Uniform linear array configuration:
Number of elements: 16
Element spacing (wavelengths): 0.25
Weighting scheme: exponential
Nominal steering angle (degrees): -45
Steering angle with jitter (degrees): -43.085
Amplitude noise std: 0.05
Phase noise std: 0.05

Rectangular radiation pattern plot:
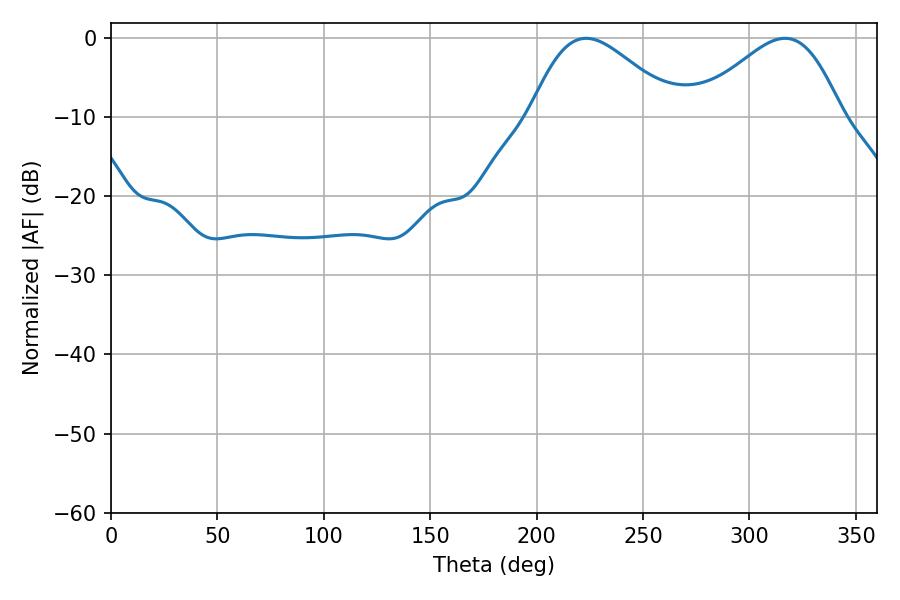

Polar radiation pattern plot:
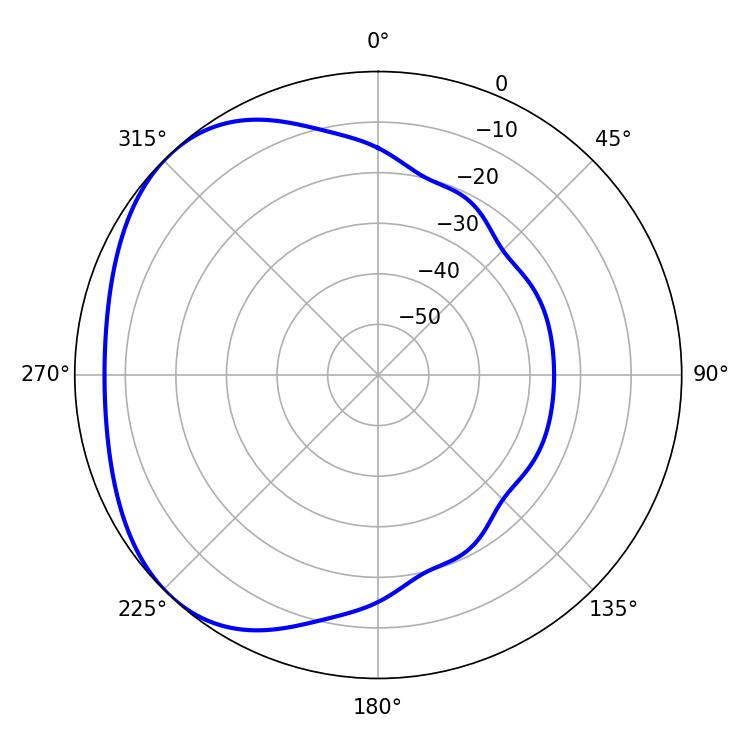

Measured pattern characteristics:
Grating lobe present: FALSE
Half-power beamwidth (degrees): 36.36
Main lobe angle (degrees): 223.2